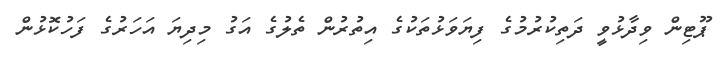
ޕޫޓިން ވިދާޅުވީ ދަތިކުރުމުގެ ފިޔަވަޅުތަކުގެ އިތުރުން ތެލުގެ އަގު މިދިޔަ އަހަރުގެ ފަހުކޮޅުން